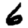
Digit: 6